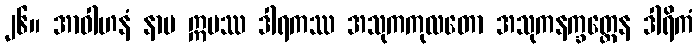
၂၆။ အာဝါဟနံ နာမ ဣမဿ ဒါရကဿ အသုကကုလတော အသုကနက္ခတ္တေန ဒါရိကံ